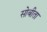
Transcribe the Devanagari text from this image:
सोबीता